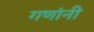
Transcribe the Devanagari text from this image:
गणांनी